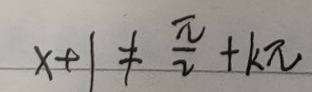
$x + 1\neq\frac{\pi}{2}+k\pi$